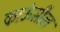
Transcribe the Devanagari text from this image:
काऊंसील